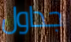
جداول